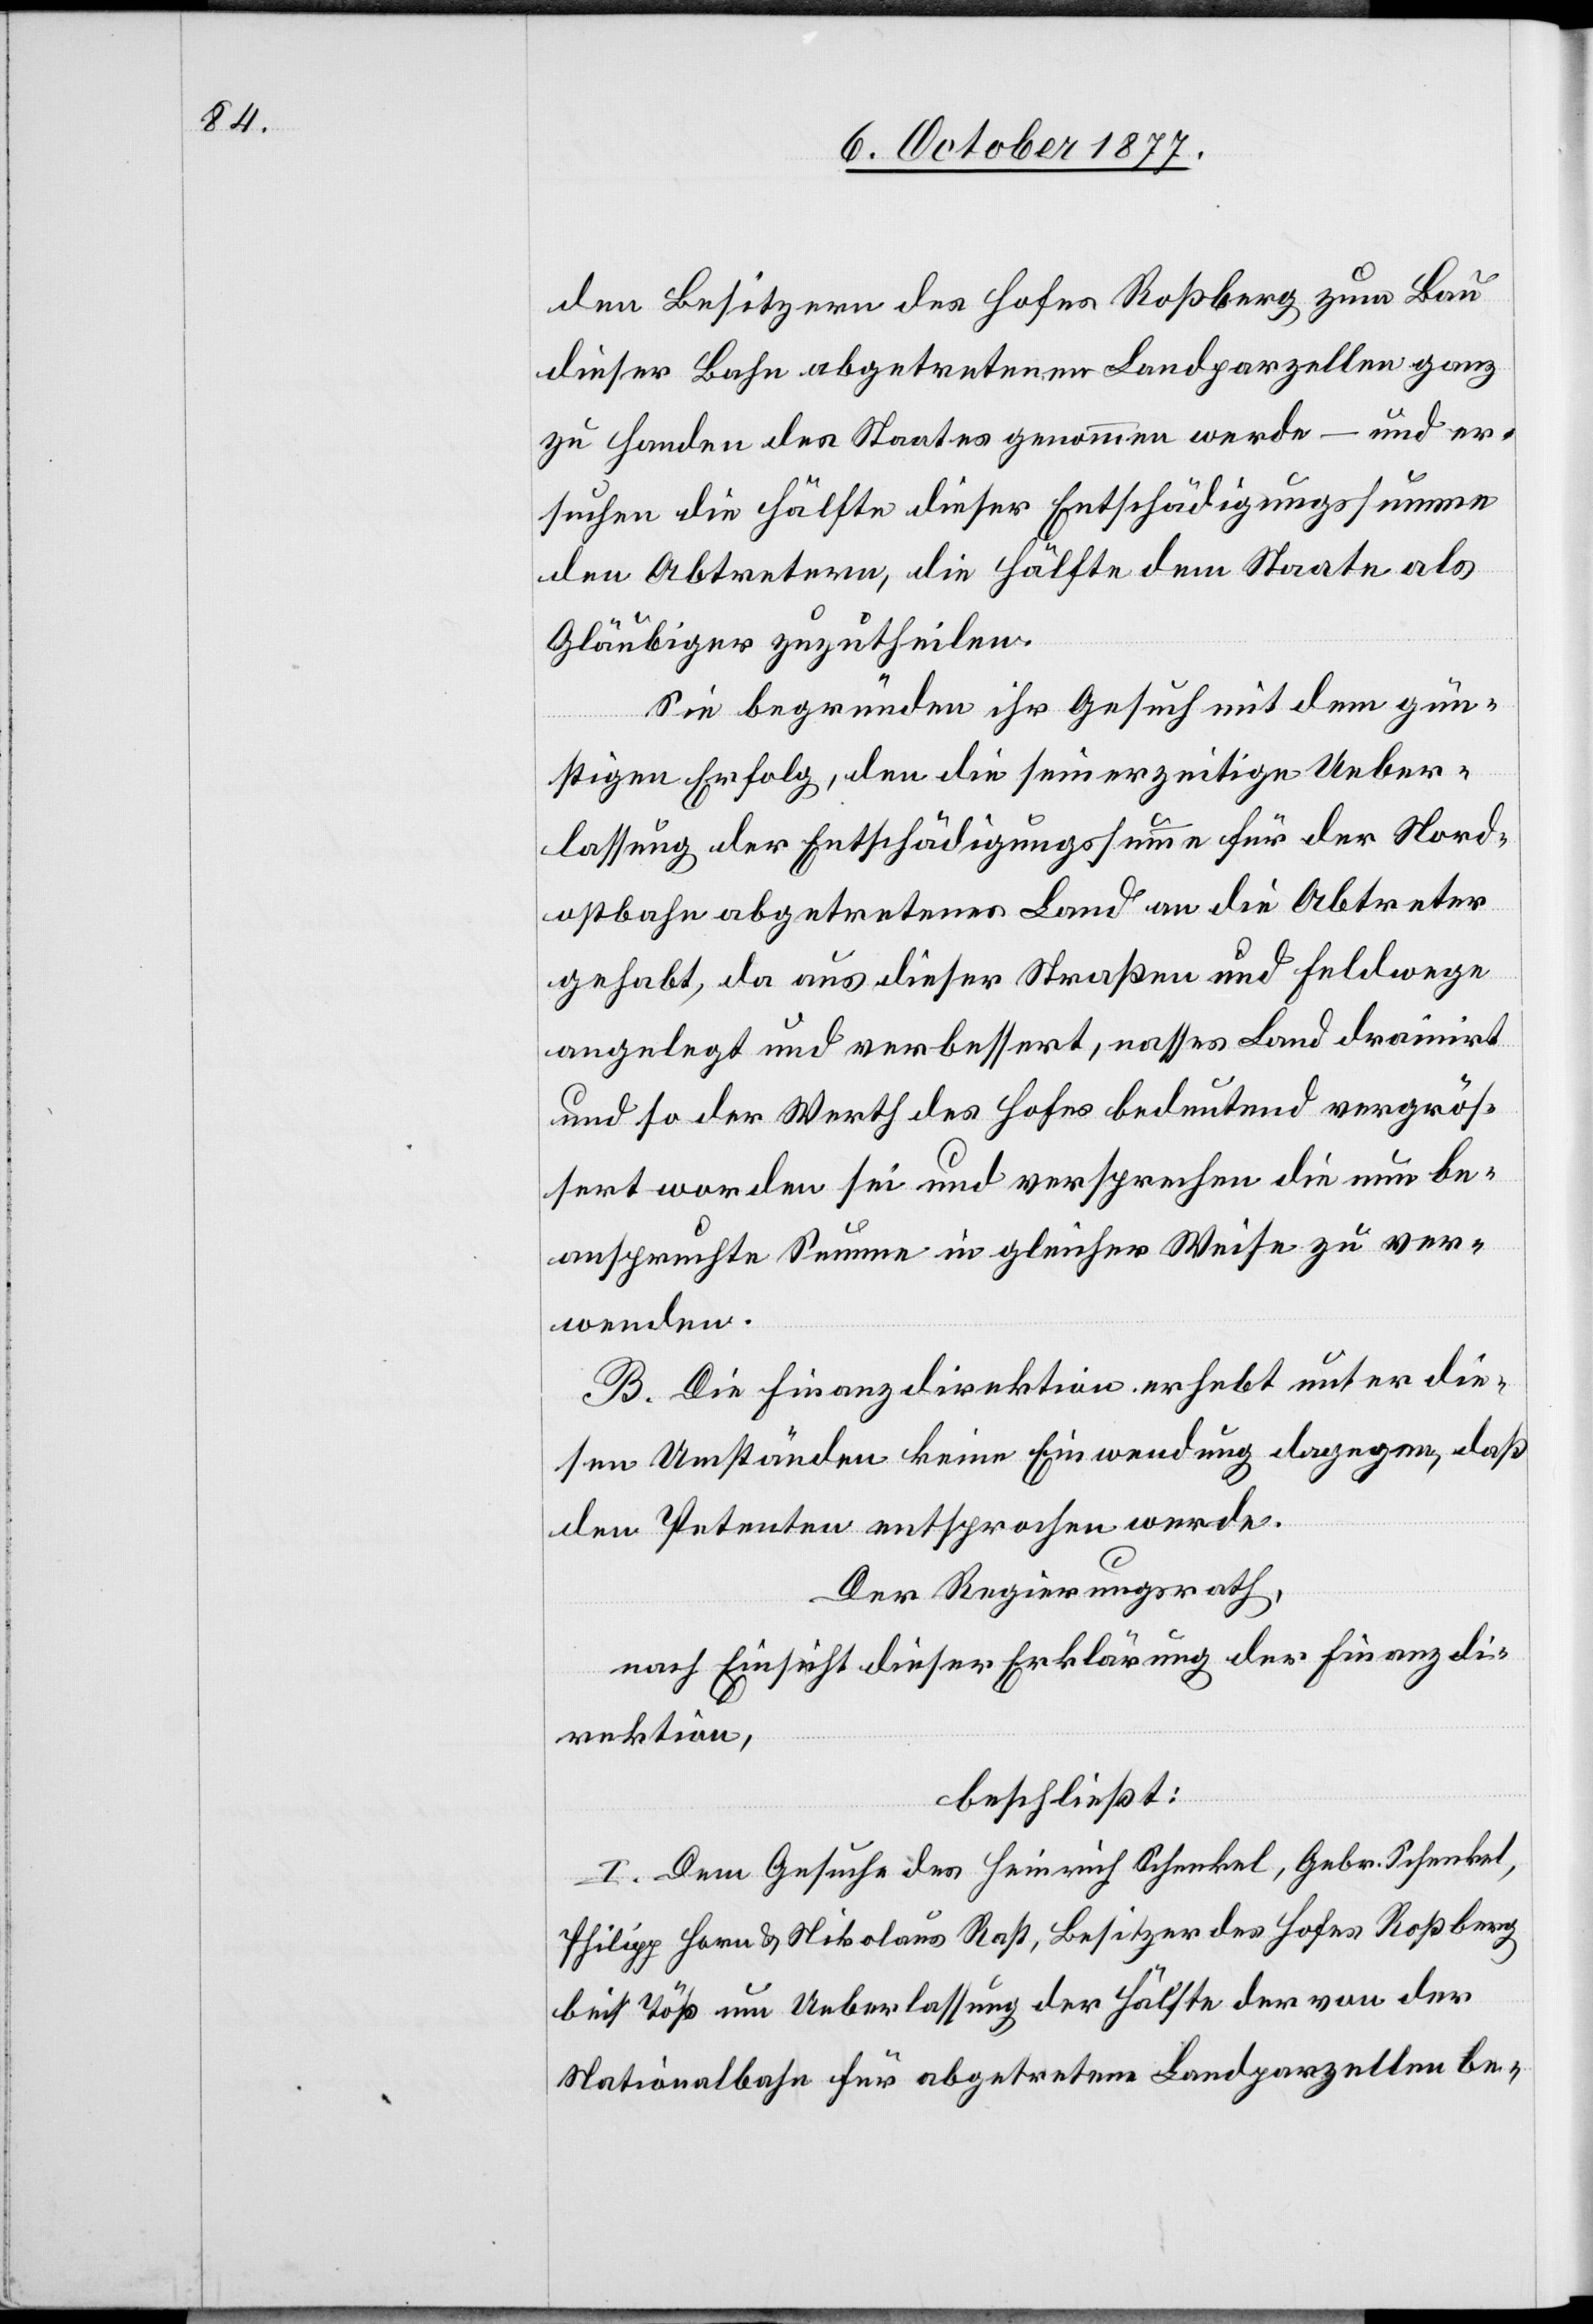
den Besitzern des Hofes Roßberg zum Bau
dieser Bahn abgetretenen Landparzellen ganz
zu Handen des Staates genommen werde – und er¬
suchen die Hälfte dieser Entschädigungssumme
den Abtretern, die Hälfte dem Staate als
Gläubiger zuzutheilen.
Sie begründen ihr Gesuch mit dem gün¬
stigen Erfolg, den die seinerzeitige Ueber¬
lassung der Entschädigungssumme für der Nord¬
ostbahn abgetretenes Land an die Abtreter
gehabt, da aus dieser Straßen und Feldwege
angelegt und verbessert, nasses Land drainirt
und so der Werth des Hofes bedeutend vergrös¬
sert worden sei und versprechen die nun be¬
anspruchte Summe in gleicher Weise zu ver¬
wenden.
B. Die Finanzdirektion erhebt unter die¬
sen Umständen keine Einwendung dagegen, daß
den Petenten entsprochen werde.
Der Regierungsrath,
nach Einsicht dieser Erklärung der Finanzdi¬
rektion,
beschließt:
I. Dem Gesuche des Heinrich Schenkel, Gebr. Schenkel,
Philipp Horn & Nikolaus Rast, Besitzer des Hofes Roßberg
bei Töß um Ueberlassung der Hälfte der von der
Nationalbahn für abgetretene Landparzellen be-